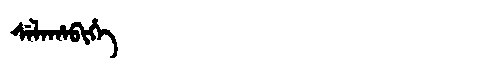
Manchu: ᠰᡝᠯᠠᡥᠠᠪᡳᡥᡝ
Romanization: SELAHABIHE